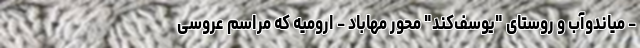
- میاندوآب و روستای "یوسف‌کند" محور مهاباد - ارومیه که مراسم عروسی